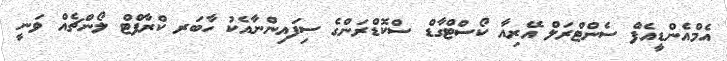
އެމްއެންޑީއެފް ސެންޓްރަލް އޭރިއާ ކޯސްޓްގާޑް ސްކޮޑްރަންގެ ސިފައިންނާއެކު ހާބަރ ކްރާފްޓް ލޯންޗެއް ވަނީ